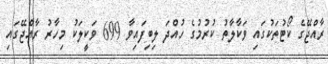
ރާއްޖޭގެ ކޯޓުތަކުގައި ވަކާލާތު ކުރުމުގެ ހުއްދަ ލިބިފައިވާ 699 ވަކީލަކު މިހާރު ރާއްޖޭގައި